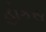
હોકસ